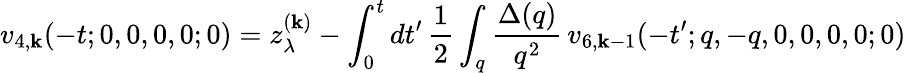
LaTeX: v_{4,\mathbf{k}}(-t;0,0,0,0;0)=z_{\lambda}^{(\mathbf{k})}-\int_{0}^{t}dt^{\prime}\, \frac{{1}}{{2}}\int_{q}\frac{{\Delta(q)}}{{q^{2}}}\, v_{6,\mathbf{k}-1}(-t^{\prime};q,-q,0,0,0,0;0)